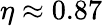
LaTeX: \eta\approx 0.87